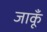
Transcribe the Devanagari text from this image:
जाकूँ